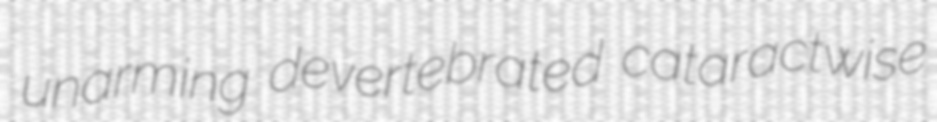
unarming devertebrated cataractwise